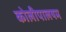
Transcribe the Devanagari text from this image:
कोलीपालयम